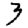
Digit: 3